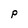
Character: p